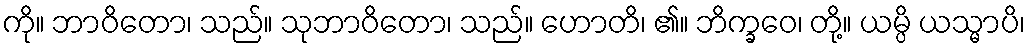
ကို။ ဘာဝိတော၊ သည်။ သုဘာဝိတော၊ သည်။ ဟောတိ၊ ၏။ ဘိက္ခဝေ၊ တို့။ ယမ္ပိ ယသ္မာပိ၊